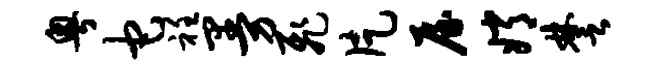
粤它衽曼飞片屋嫦楚